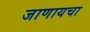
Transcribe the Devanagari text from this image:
जाणायचा